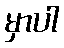
မှာပါ